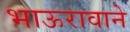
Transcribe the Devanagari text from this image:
भाऊरावाने